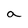
Character: a